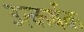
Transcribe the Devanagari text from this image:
उत्कर्षक